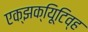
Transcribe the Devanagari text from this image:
एक्झक्यिूटिव्ह